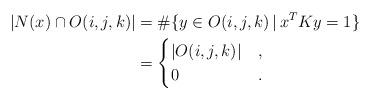
LaTeX: \begin{align*}| N(x) \cap O(i,j,k) | &= \# \{ y \in O(i,j,k) \,|\, x^T K y = 1 \} \\&= \begin{cases}|O(i,j,k)| &, \\0 &.\end{cases}\end{align*}